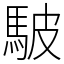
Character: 駊